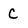
Character: C